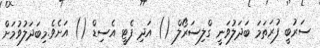
ސަރުބީ ފުރަތަމަ ބަދަލުވަނީ ގްލިސަރޯލް () އަދި ފެޓީ އެސިޑް () އަށެވެ.މިބަދަލުވުމަށް